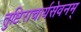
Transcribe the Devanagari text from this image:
तुष्टिराचार्यसेवनम्